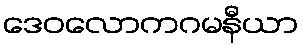
ဒေဝလောကဂမနီယာ